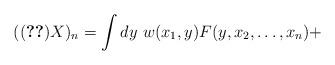
LaTeX: \begin{align*}(\eqref{quadratic-part2}X)_n = \int dy\ w(x_1, y)F(y, x_2, \ldots, x_n)+\end{align*}